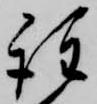
註